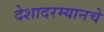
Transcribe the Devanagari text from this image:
देशादरम्यानचे